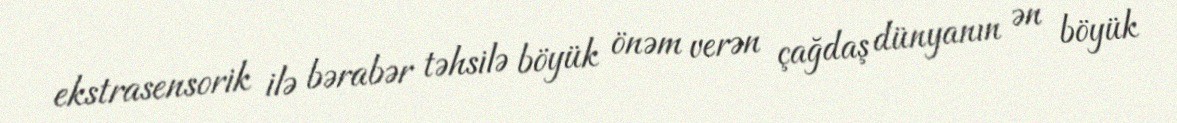
ekstrasensorik ilə bərabər təhsilə böyük önəm verən çağdaş dünyanın ən böyük